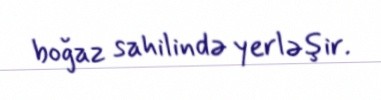
boğaz sahilində yerləşir.